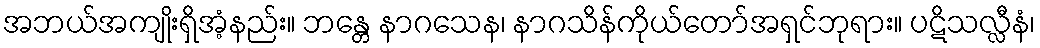
အဘယ်အကျိုးရှိအံ့နည်း။ ဘန္တေ နာဂသေန၊ နာဂသိန်ကိုယ်တော်အရှင်ဘုရား။ ပဋိသလ္လီနံ၊